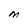
Character: M